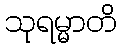
သုရမ္မာတိ